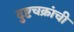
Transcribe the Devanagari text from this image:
दुष्टचक्रांची